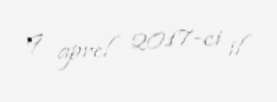
9 aprel 2017-ci il